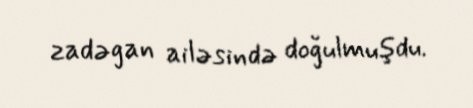
zadəgan ailəsində doğulmuşdu.